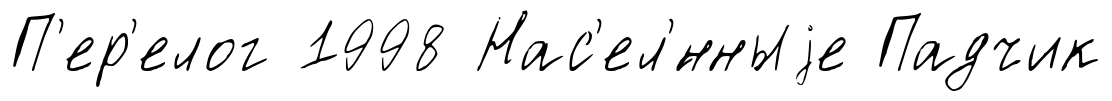
П'ер'елог 1998 Нас'ел'́нныjе Падчик